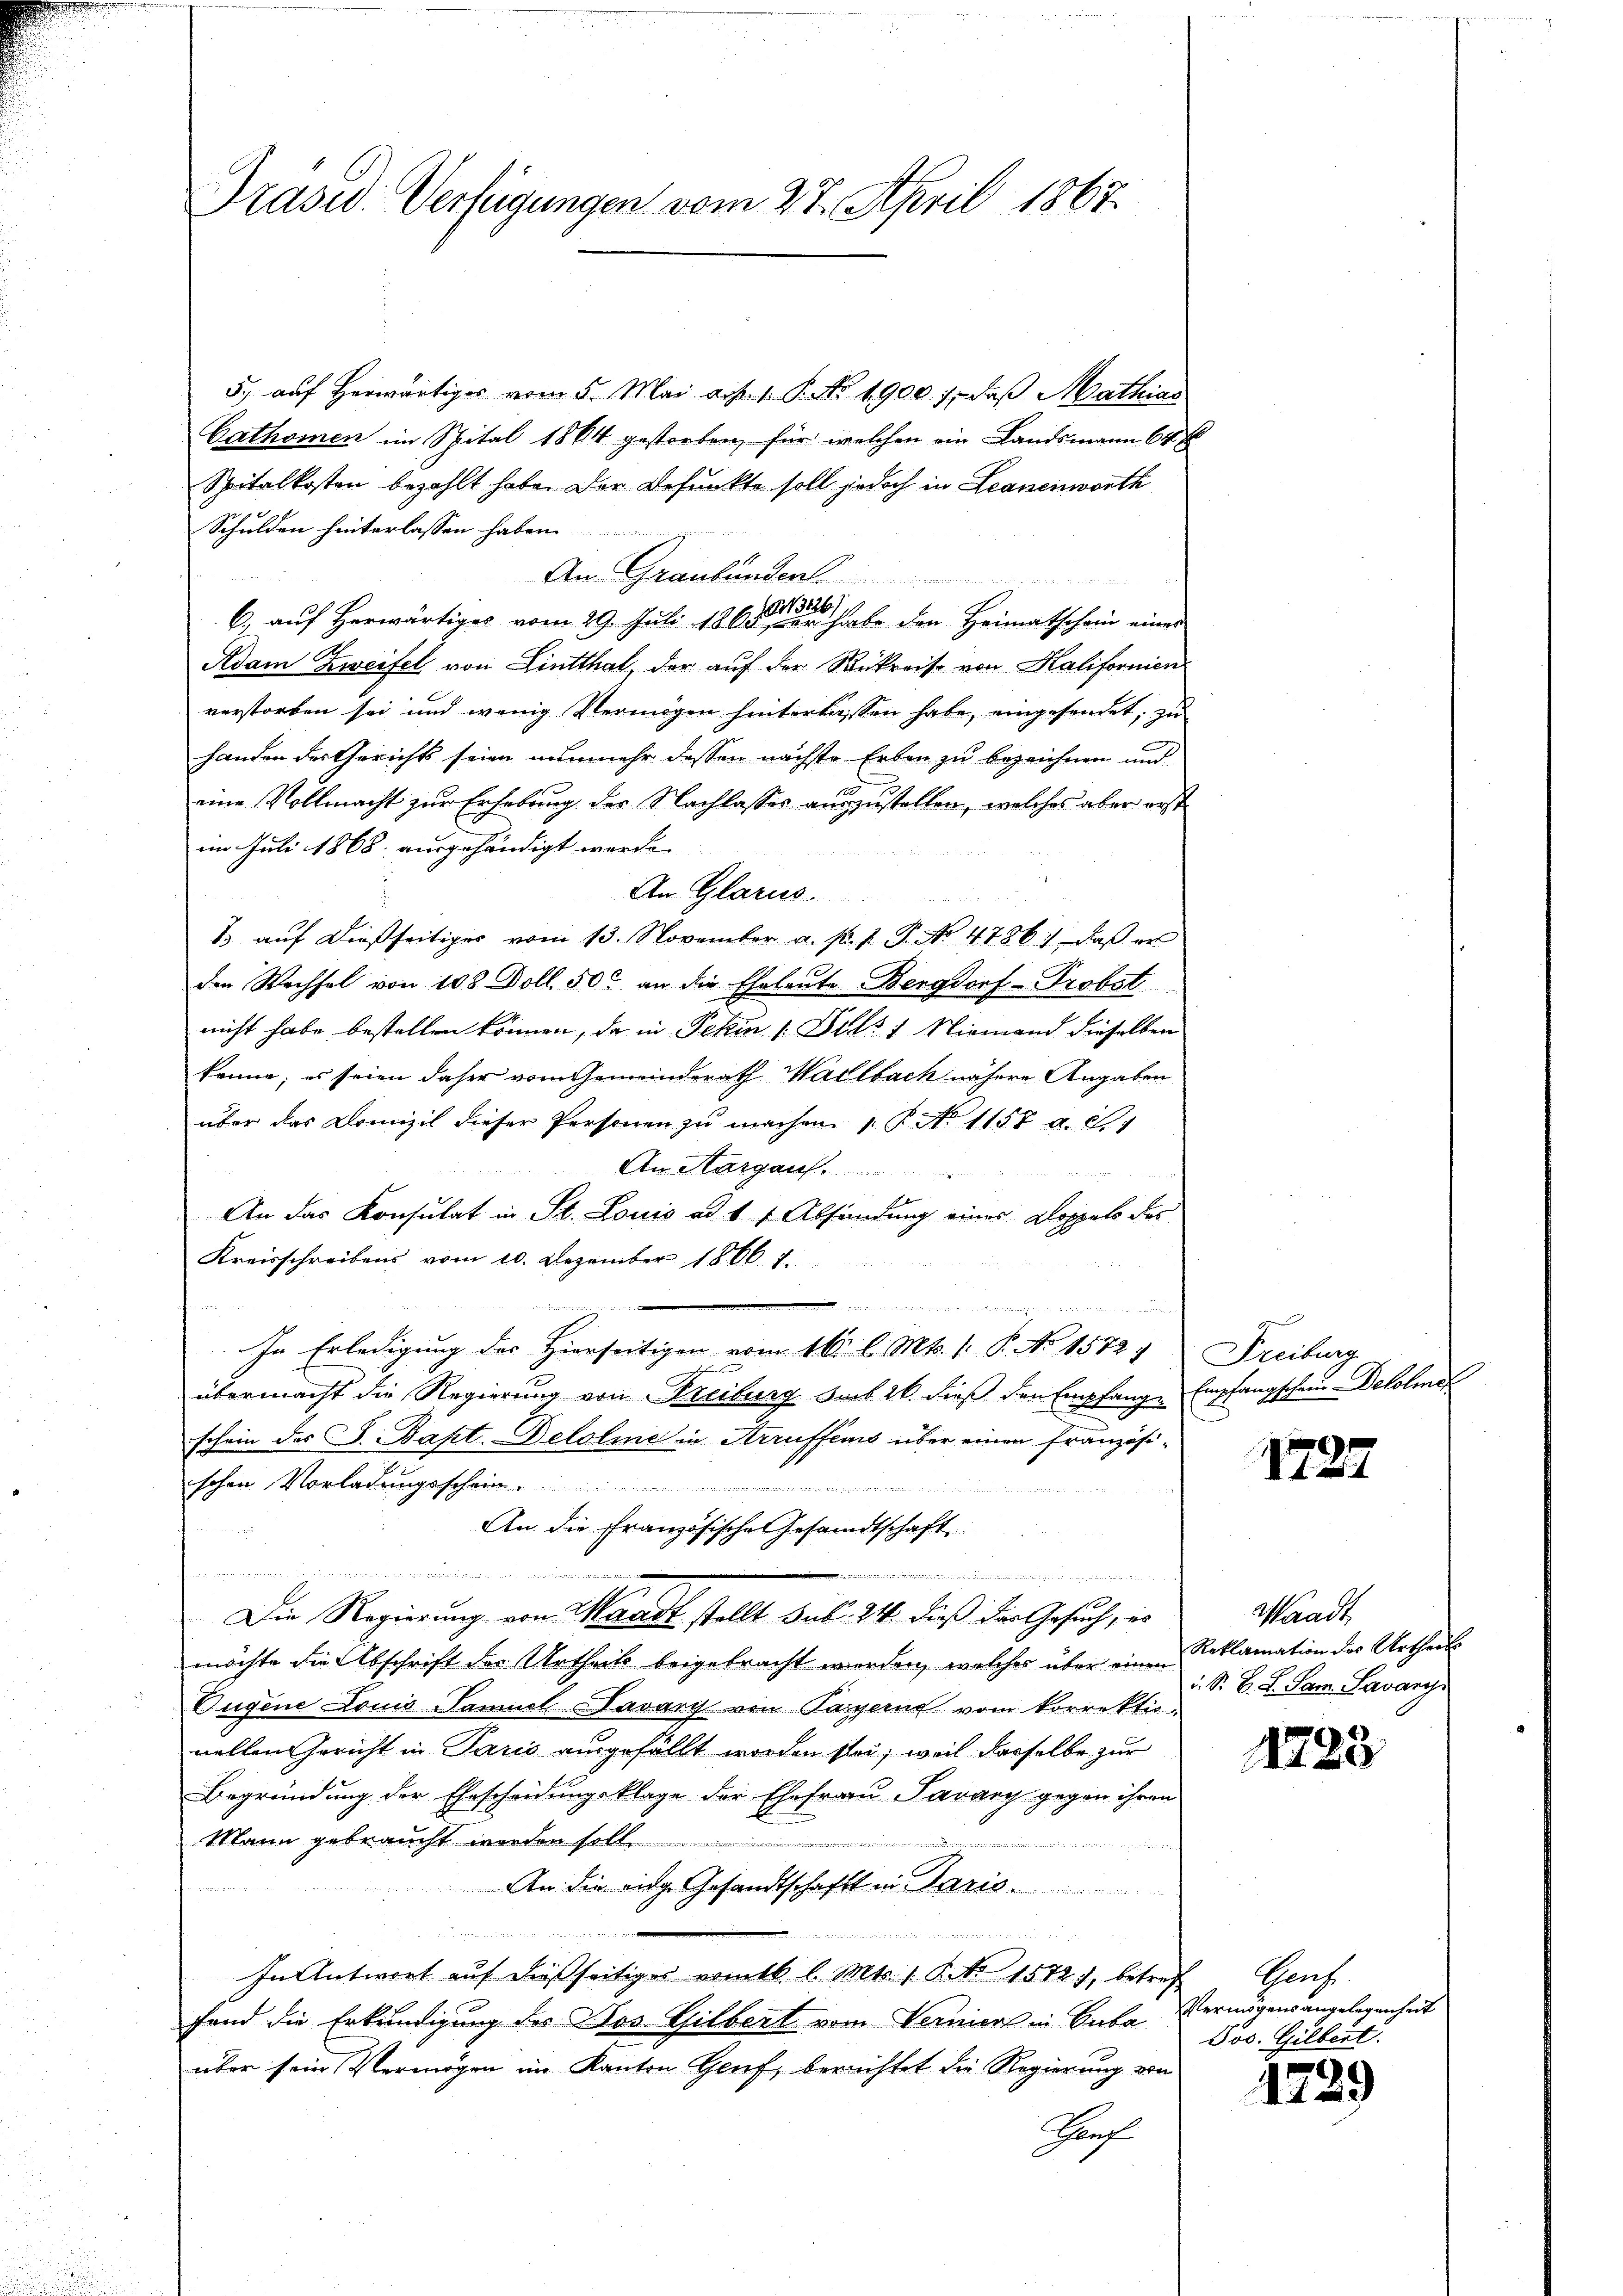
Präsid. Verfügungen vom 27. April 1867.

5) auf herwärtiges vom 5. Mai a. p. 1. P. No. 1900. 7, daß Mathias
Cathomen im Spital 1864 gestorben, für welchen ein Landsmann 646
Spitalkosten bezahlt habe. Der Befunkte soll jedoch in Leanenworth
Schulden hinterlassen haben
Am Graubünden.
C., auf Herwärtiges vom 29. Juli 1860 betreten habe den Heimatschein einer
Adam Zweifel von Lintthal, der auf der Rükreise von Kalifornien
verstorben sei und wenig Vermögen hinterlassen habe, eingesendet, zu
handen der Gericht seien nunmehr dessen nächste Erben zu bezeichnen und
eine Vollmacht zur Erhebung des Nachlasses auszustellen, welches aber erst
im Juli 1868 ausgehändigt werde. |
An Glarus.
1 auf dießseitiges vom 13. November a. p. 1. P. No 4786), daß er
den Wechsel von 108 Doll. 50. an die Eheleute Bergdorf-Probst
nicht habe bestellen können, da in Fehin 1 Juli 1 Niemand dieselben
könne; es seien daher vom Gemeinderath Wallbach nähere Angaben
über das Dranzil dieser Personen zu machen. 1 P. No 1158 a. c. 1
An Aargauf
An das Konsulat in St. Louis ad 17 Absendung eines Doppels der
Kreisschreibens vom 20. Dezember 1866. 7.

In Erledigung des Hierseitigen vom 16. l. Mts. 1. P. No 1572, Freiburg
e
übermacht die Regierung von Freiburg Sack 20 dieß den Empfange Empfangschein-Delolmet
schein des S. Bapt. Belolie in Arruffens über einen französiischen Vorladungsschein ..........
le
An die Französische Gesandtschaft
un
inen und me

Die Regierung von Waadt stellt sub. 24. dieß das Gesuch, es
möchte die Abschrift der Urtheils beigebracht werden, welches über einen
Jugene Louis Samuel Javari von Parzere vom korrektio
nellen Gericht in Paris ausgefällt worden sei, weil dasselbe zur
Begründung der Ehescheidungsklage der Ehefrau Parary gegen ihren
Mann gebraucht worden soll.

An die eige Gesandtschaft in Paris

In Antwort auf dießseitiger vomtb. l. Mts. 1. P. Nr. 1572), betref Genf.
fend die Erkundigung des Dos Gilbert vom Vernier in Suba
über sein Vermögen im Kanton Genf, berichtet die Regierung von
Gf

1727

Waadt
Reklamation des Urtheils
i. S. B. G. Sam. Savary

1723

Vermögensangelegenheit
Jos. Gilbert.

1729